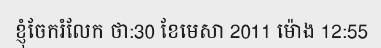
ខ្ញុំចែករំលែក ថា:30 ខែមេសា 2011 ម៉ោង 12:55